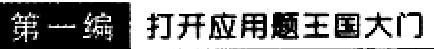
第一编 打开应用题王国大门